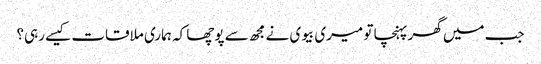
جب میں گھر پہنچا تو میری بیوی نے مجھ سے پوچھا کہ ہماری ملاقات کیسے رہی؟